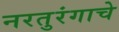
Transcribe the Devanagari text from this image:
नरतुरंगाचे